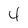
Character: 4